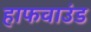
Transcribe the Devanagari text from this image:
हाफवाउंड